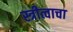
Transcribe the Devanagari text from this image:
स्त्रीत्वाचा